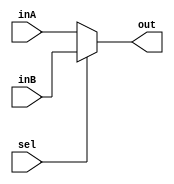
`timescale 1ns / 1ps

////////////////////////////////////////////////////////////////////////////////
// ECE369 - Computer Architecture
// 
// Module - Mux32Bit2To1.v
// Description - Performs signal multiplexing between 2 32-Bit words.
////////////////////////////////////////////////////////////////////////////////

module Mux_PC(
    out,
    inA,
    inB,
    sel
    );

    output reg [31:0] out;
    
    input [31:0] inA;
    input [31:0] inB;
    input sel;

    always @(*)begin 
    
        if (sel == 1) begin 
            out <= inB;
        end
        else begin
            out <= inA;
        end
    
    end

endmodule